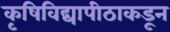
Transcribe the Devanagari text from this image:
कृषिविद्यापीठाकडून